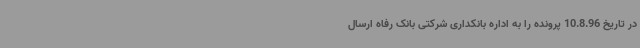
در تاریخ 10.8.96 پرونده را به اداره بانکداری شرکتی بانک رفاه ارسال